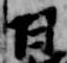
日